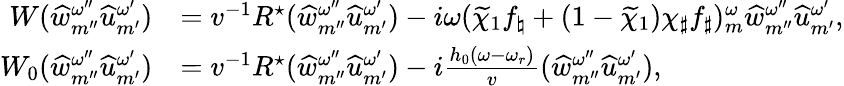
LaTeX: \begin{array}{rl}{W(\widehat{w}_{{m^{\prime\prime}}}^{\omega^{\prime\prime}}{\widehat{u}}_{m^{\prime}}^{\omega^{\prime}})}&{=v^{-1}R^{\star}(\widehat{w}_{{m^{\prime\prime}}}^{\omega^{\prime\prime}}{\widehat{u}}_{m^{\prime}}^{\omega^{\prime}})-i\omega(\widetilde{\chi}_{1}f_{\natural}+(1-\widetilde{\chi}_{1})\chi_{\sharp}f_{\sharp})_{m}^{\omega}\widehat{w}_{{m^{\prime\prime}}}^{\omega^{\prime\prime}}{\widehat{u}}_{m^{\prime}}^{\omega^{\prime}},}\\ {W_{0}(\widehat{w}_{{m^{\prime\prime}}}^{\omega^{\prime\prime}}{\widehat{u}}_{m^{\prime}}^{\omega^{\prime}})}&{=v^{-1}R^{\star}(\widehat{w}_{{m^{\prime\prime}}}^{\omega^{\prime\prime}}{\widehat{u}}_{m^{\prime}}^{\omega^{\prime}})-i\frac{h_{0}(\omega-\omega_{r})}{v}(\widehat{w}_{{m^{\prime\prime}}}^{\omega^{\prime\prime}}{\widehat{u}}_{m^{\prime}}^{\omega^{\prime}}),}\end{array}